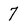
Character: 7